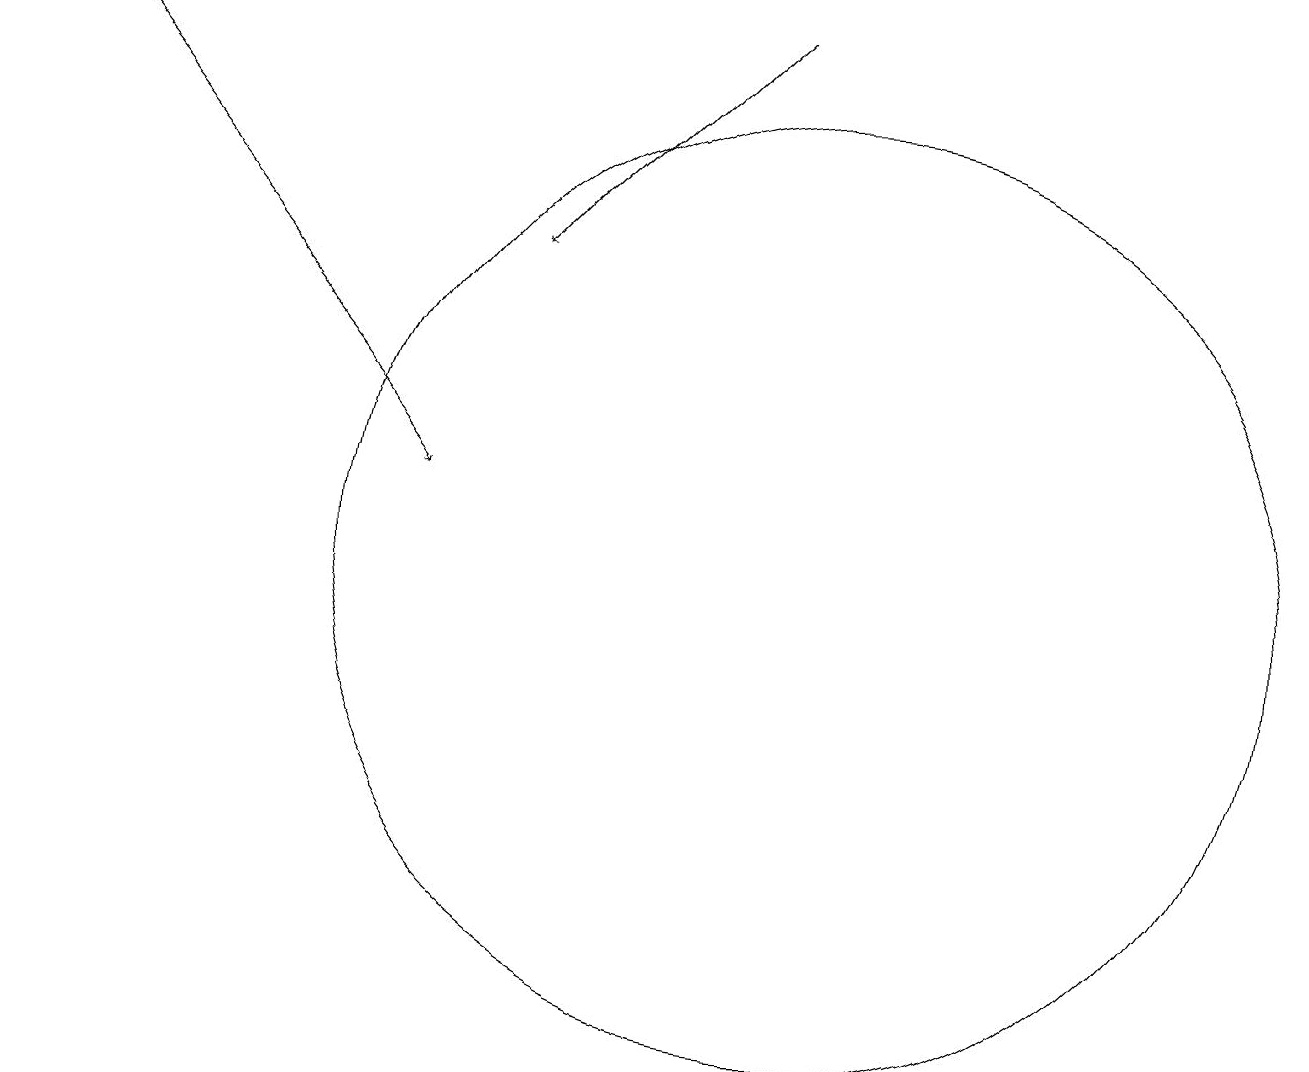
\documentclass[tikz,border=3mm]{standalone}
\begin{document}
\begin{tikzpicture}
\draw (10,10) circle (6);
\draw[->] (0,17) -- (5,11);
\draw[->] (9,17) -- (6,14);
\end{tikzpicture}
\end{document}